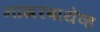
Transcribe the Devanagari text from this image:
नाझरबायेव्ह